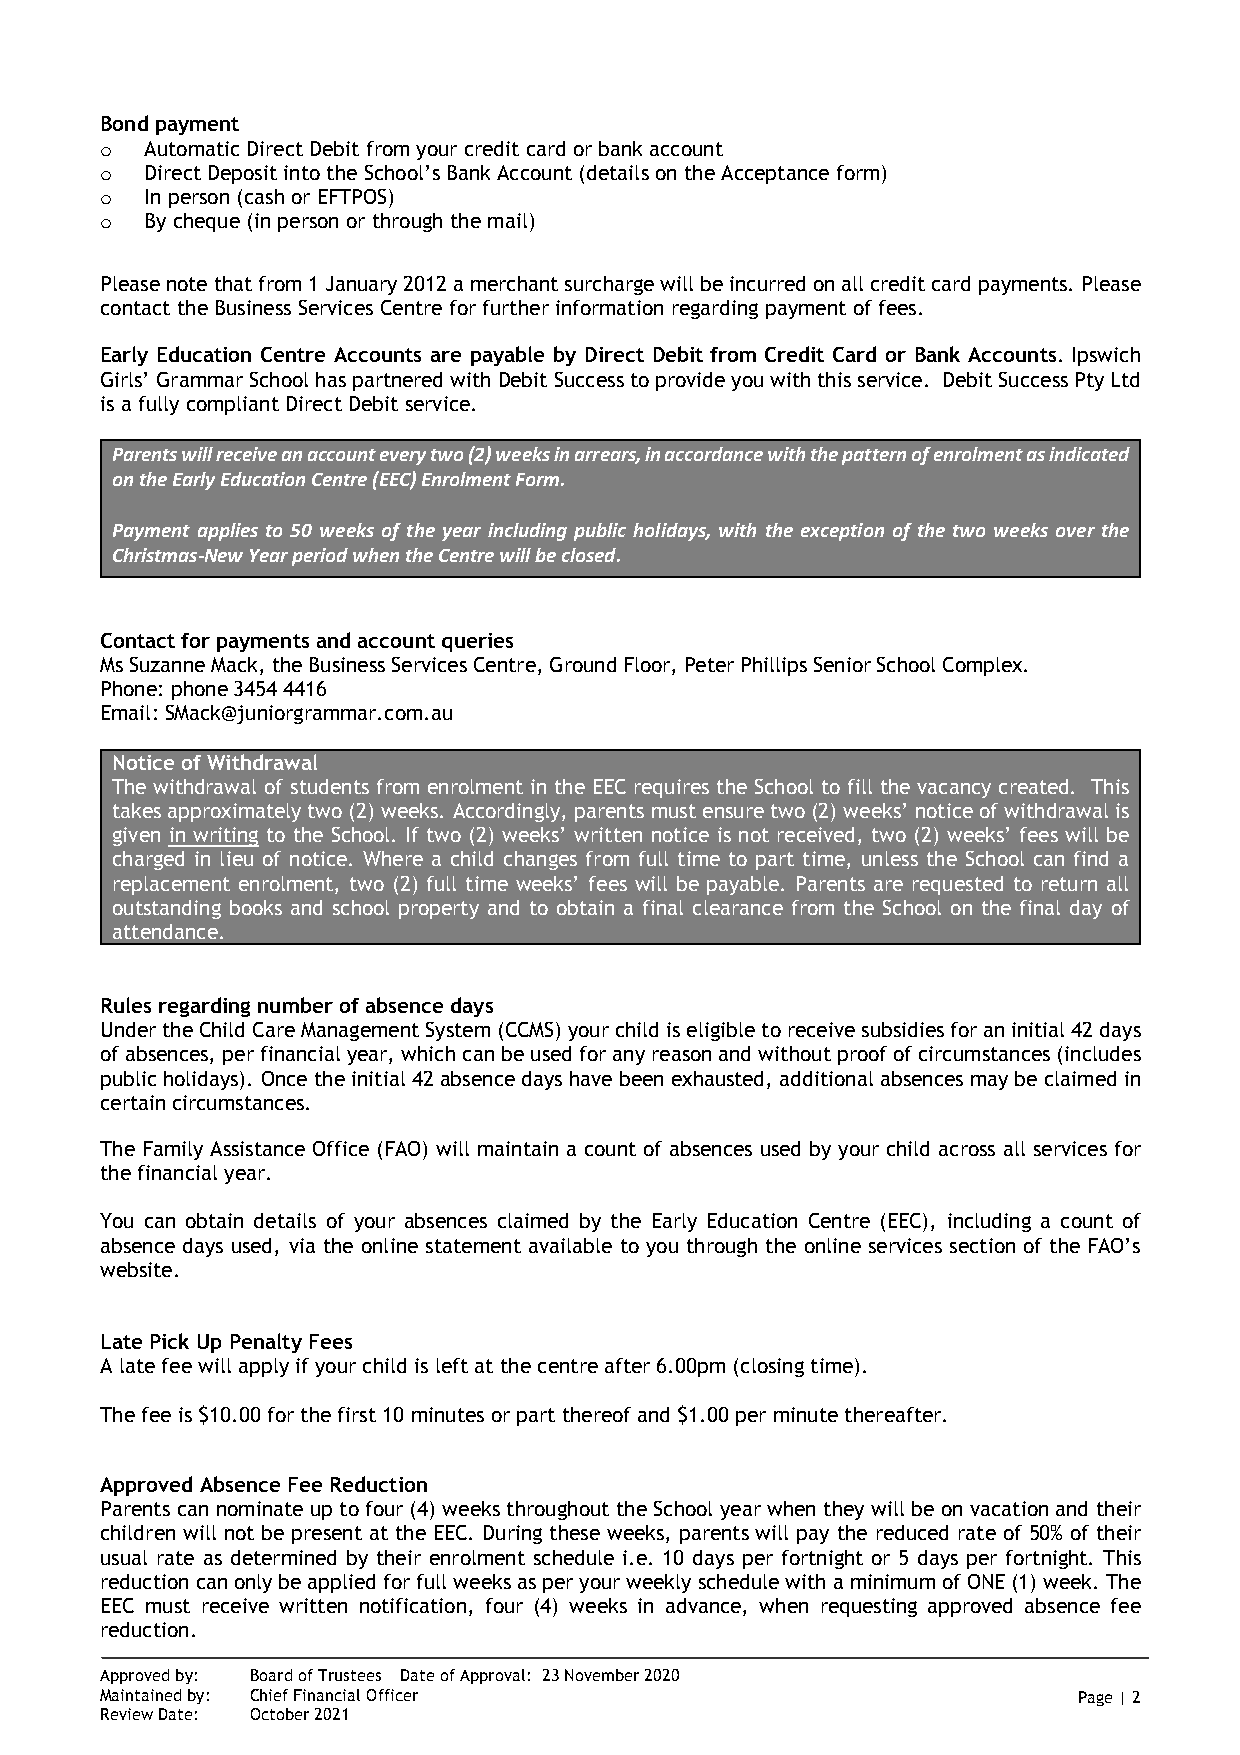
Bond payment
 o  Automatic Direct Debit from your credit card or bank account
 o  Direct Deposit into the School’s Bank Account (details on the Acceptance form)
 o  In person (cash or EFTPOS)
 o  By cheque (in person or through the mail)
 Please note that from 1 January 2012 a merchant surcharge will be incurred on all credit card payments. Please
 contact the Business Services Centre for further information regarding payment of fees.
 Early Education Centre Accounts are payable by Direct Debit from Credit Card or Bank Accounts. Ipswich
 Girls’ Grammar School has partnered with Debit Success to provide you with this service. Debit Success Pty Ltd
 is a fully compliant Direct Debit service.
 Parents will receive an account every two (2) weeks in arrears, in accordance with the pattern of enrolment as indicated
 on the Early Education Centre (EEC) Enrolment Form.
 Payment applies to 50 weeks of the year including public holidays, with the exception of the two weeks over the
 Christmas-New Year period when the Centre will be closed.
 Contact for payments and account queries
 Ms Suzanne Mack, the Business Services Centre, Ground Floor, Peter Phillips Senior School Complex.
 Phone: phone 3454 4416
 Email: SMack@juniorgrammar.com.au
 Notice of Withdrawal
 The withdrawal of students from enrolment in the EEC requires the School to fill the vacancy created. This
 takes approximately two (2) weeks. Accordingly, parents must ensure two (2) weeks’ notice of withdrawal is
 given in writing to the School. If two (2) weeks’ written notice is not received, two (2) weeks’ fees will be
 charged in lieu of notice. Where a child changes from full time to part time, unless the School can find a
 replacement enrolment, two (2) full time weeks’ fees will be payable. Parents are requested to return all
 outstanding books and school property and to obtain a final clearance from the School on the final day of
 attendance.
 Rules regarding number of absence days
 Under the Child Care Management System (CCMS) your child is eligible to receive subsidies for an initial 42 days
 of absences, per financial year, which can be used for any reason and without proof of circumstances (includes
 public holidays). Once the initial 42 absence days have been exhausted, additional absences may be claimed in
 certain circumstances.
 The Family Assistance Office (FAO) will maintain a count of absences used by your child across all services for
 the financial year.
 You can obtain details of your absences claimed by the Early Education Centre (EEC), including a count of
 absence days used, via the online statement available to you through the online services section of the FAO’s
 website.
 Late Pick Up Penalty Fees
 A late fee will apply if your child is left at the centre after 6.00pm (closing time).
 The fee is $10.00 for the first 10 minutes or part thereof and $1.00 per minute thereafter.
 Approved Absence Fee Reduction
 Parents can nominate up to four (4) weeks throughout the School year when they will be on vacation and their
 children will not be present at the EEC. During these weeks, parents will pay the reduced rate of 50% of their
 usual rate as determined by their enrolment schedule i.e. 10 days per fortnight or 5 days per fortnight. This
 reduction can only be applied for full weeks as per your weekly schedule with a minimum of ONE (1) week. The
 EEC must receive written notification, four (4) weeks in advance, when requesting approved absence fee
 reduction.
 Approved by: Board of Trustees Date of Approval: 23 November 2020
 Maintained by: Chief Financial Officer                          Page | 2
 Review Date: October 2021